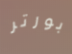
بورتر